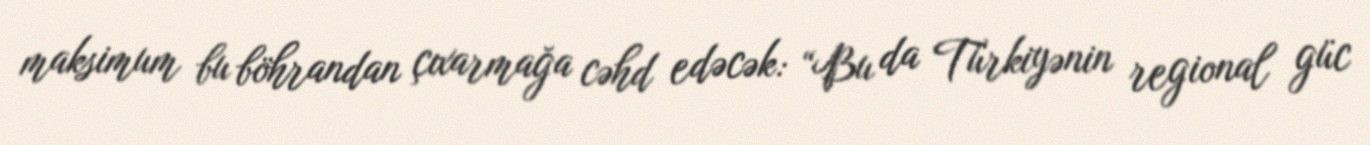
maksimum bu böhrandan çıxarmağa cəhd edəcək: “Bu da Türkiyənin regional güc